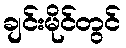
ချင်းမိုင်တွင်